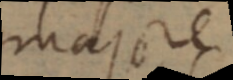
majore